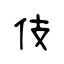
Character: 伎